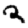
Digit: 2